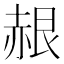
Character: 𬦂